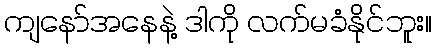
ကျနော်အနေနဲ့ ဒါကို လက်မခံနိုင်ဘူး။